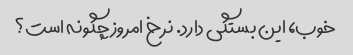
خوب، این بستگی دارد. نرخ امروز چگونه است؟